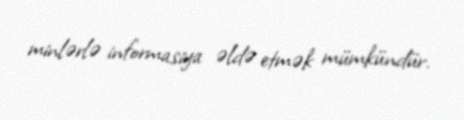
minlərlə informasiya əldə etmək mümkündür.